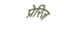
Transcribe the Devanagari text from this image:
प्रेरिज